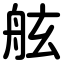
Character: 舷